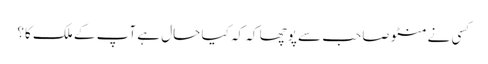
کسی نے منٹو صاحب سے پوچھا کہ کہ کیا حال ہے آپ کے ملک کا؟